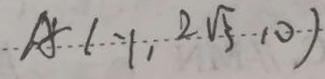
A = ( - 1 , 2 \sqrt { 5 } , 0 )